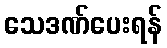
သေဒဏ်ပေးရန်